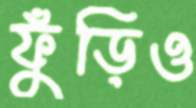
ফুঁড়িও